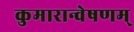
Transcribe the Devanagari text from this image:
कुमारान्वेषणम्